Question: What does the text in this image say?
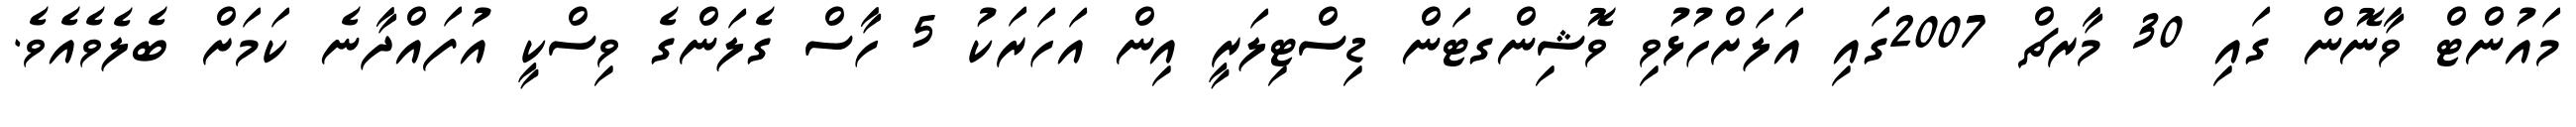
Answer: މައުންޓް ވާނޮން ގައި 30 މާރޗް 2007ގައި އަލަށްހުޅުވި ވޮޝިންގޓަން ޑިސްޓިލަރީ އިން އަހަރަކު 5 ހާސް ގެލަންގެ ވިސްކީ އުފައްދާނެ ކަމަށް ބެލެވެއެވެ.